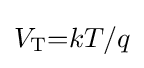
V_{\text{T}}{=}kT/q